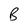
Character: B